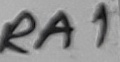
Text: RA1